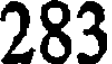
283